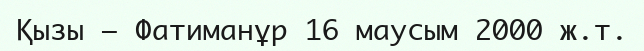
Қызы – Фатиманұр 16 маусым 2000 ж.т.